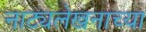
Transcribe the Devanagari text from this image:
नाट्यलेखनाच्या